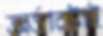
অর্ডারটাই